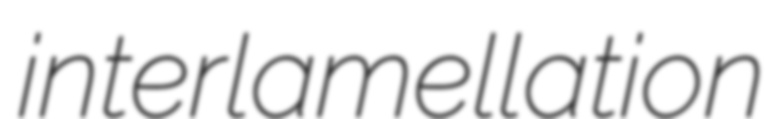
interlamellation